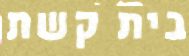
בית קשת